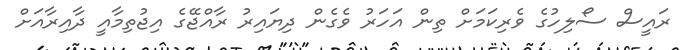
ރައީސް ސޯލިހުގެ ވެރިކަމަށް ތިން އަހަރު ވެގެން ދިޔައިރު ރާއްޖޭގެ އިޖުތިމާއީ ދާއިރާއަށް